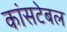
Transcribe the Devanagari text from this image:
कांसटेबल